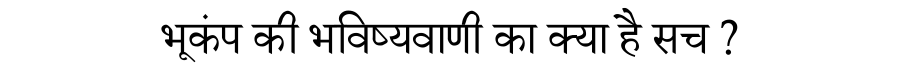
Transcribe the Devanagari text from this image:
भूकंप की भविष्यवाणी का क्या है सच ?